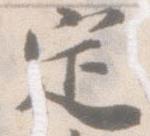
定